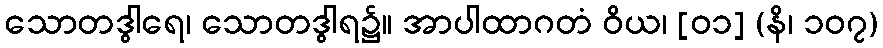
သောတဒွါရေ၊ သောတဒွါရ၌။ အာပါထာဂတံ ဝိယ၊ [၀၁] (နိ၊ ၁၀၇)